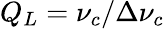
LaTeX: Q_{L}=\nu_{c}/\Delta\nu_{c}